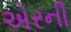
એરની